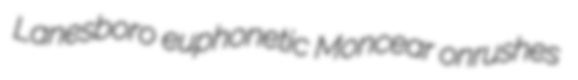
Lanesboro euphonetic Moncear onrushes